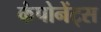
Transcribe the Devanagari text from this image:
कंपोनेंट्स